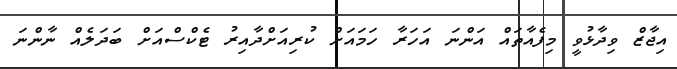
އިޖާޒް ވިދާޅުވީ މިފެއާތައް އަންނަ އަހަރާ ހަމައަށް ކުރިއަށްދާއިރު ޓެކްސްއަށް ބަދަލެއް ނާންނަ